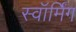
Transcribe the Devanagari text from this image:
स्वॉर्मिंग